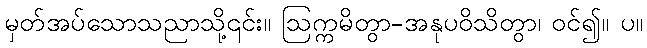
မှတ်အပ်သောသညာသို့၎င်း။ ဩက္ကမိတွာ-အနုပဝိသိတွာ၊ ဝင်၍။ ပ။